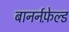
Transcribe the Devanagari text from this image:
बानर्नफ़ेल्ड